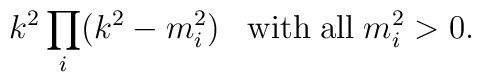
k^2\prod\limits_{i}^{} ( {k}^{2}-{m}_{i}^{2} )\;\;\;{\rm with}\;{\rm all}\;{m}_{i}^{2}  >  0.